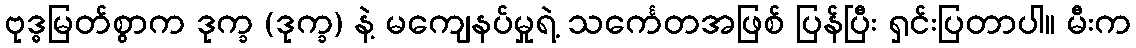
ဗုဒ္ဓမြတ်စွာက ဒုက္ခ (ဒုက္ခ) နဲ့ မကျေနပ်မှုရဲ့ သင်္ကေတအဖြစ် ပြန်ပြီး ရှင်းပြတာပါ။ မီးက